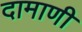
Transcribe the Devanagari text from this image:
दामाणी